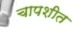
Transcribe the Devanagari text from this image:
चापशीत